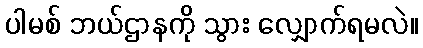
ပါမစ် ဘယ်ဌာနကို သွား လျှောက်ရမလဲ။